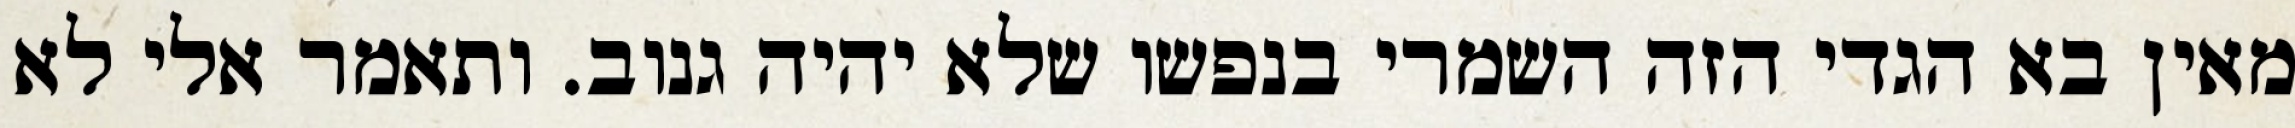
מאין בא הגדי הזה השמרי בנפשו שלא יהיה גנוב. ותאמר אלי לא